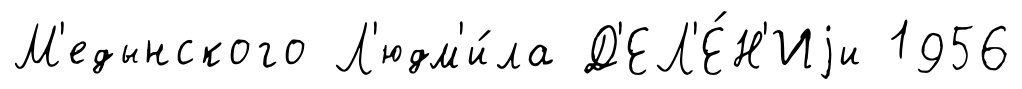
М'едынского Л'юдм'и́ла Д'ЕЛ'Е́Н'Иjи 1956